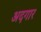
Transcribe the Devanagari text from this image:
अदगार